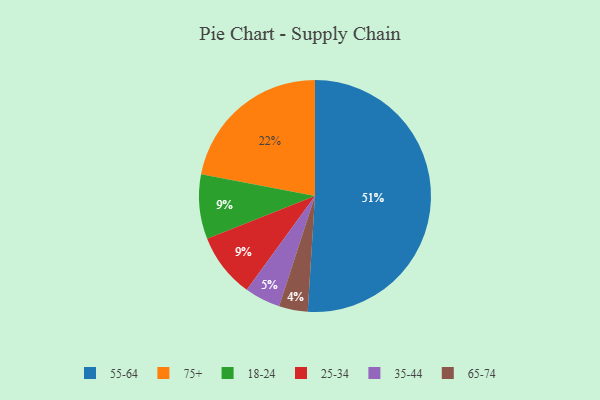
{"axis": {"x": "Category", "y": "Percentage"}, "legend": ["18-24", "25-34", "35-44", "55-64", "65-74", "75+"], "data": [{"x": "75+", "y": 22, "type": "75+"}, {"x": "55-64", "y": 51, "type": "55-64"}, {"x": "18-24", "y": 9, "type": "18-24"}, {"x": "35-44", "y": 5, "type": "35-44"}, {"x": "65-74", "y": 4, "type": "65-74"}, {"x": "25-34", "y": 9, "type": "25-34"}]}